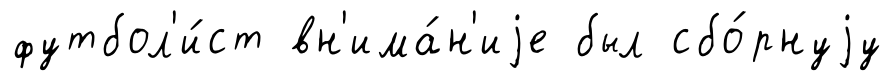
футбол'и́ст вн'има́н'иjе был сбо́рнуjу